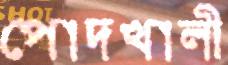
পোদখালী